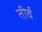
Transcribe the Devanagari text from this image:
तीर्व